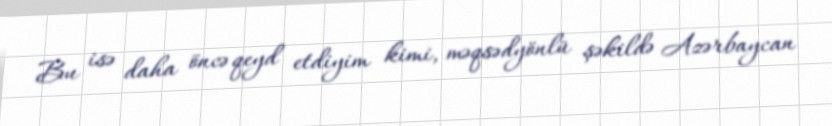
Bu isə daha öncə qeyd etdiyim kimi, məqsədyönlü şəkildə Azərbaycan